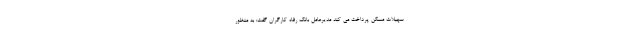
سهیلات مسکن پرداخت می کند مدیرعامل بانک رفاه کارگران گفت: به منظور